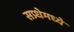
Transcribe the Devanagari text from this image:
सप्र्धेमध्ये